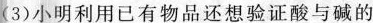
(3)小明利用已有物品还想验证酸与碱的